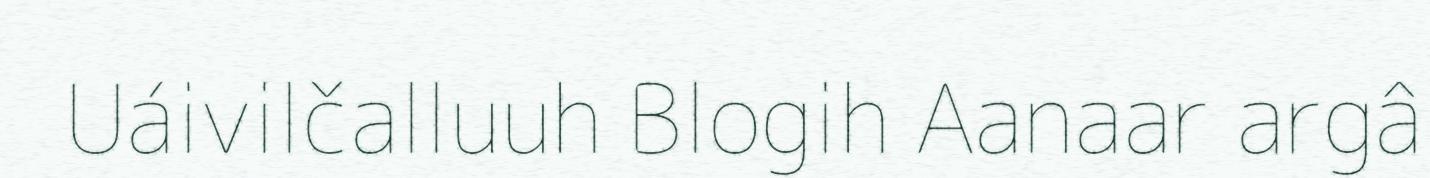
Uáivilčalluuh Blogih Aanaar argâ